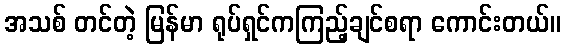
အသစ် တင်တဲ့ မြန်မာ ရုပ်ရှင်ကကြည့်ချင်စရာ ကောင်းတယ်။